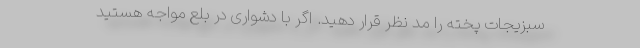
سبزیجات پخته را مد نظر قرار دهید. اگر با دشواری در بلع مواجه هستید